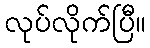
လုပ်လိုက်ပြီ။